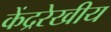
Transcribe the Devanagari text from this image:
केंद्ररेखीय